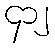
၄၁၂